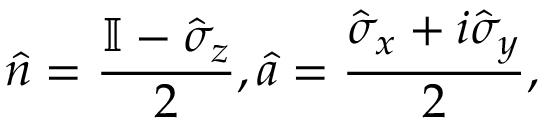
\hat { n } = \frac { \mathbb { I } - \hat { \sigma } _ { z } } { 2 } , \hat { a } = \frac { \hat { \sigma } _ { x } + i \hat { \sigma } _ { y } } { 2 } ,